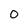
Character: o